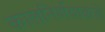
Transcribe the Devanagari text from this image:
कालनिर्णयाकडे